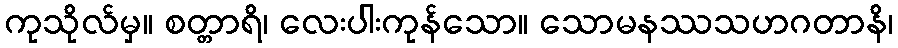
ကုသိုလ်မှ။ စတ္တာရိ၊ လေးပါးကုန်သော။ သောမနဿသဟဂတာနိ၊